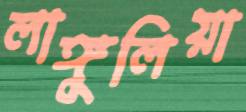
লাঙ্গুলিয়া